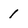
Character: 1